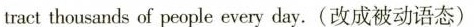
tract thousands of people every day.(改成被动语态)